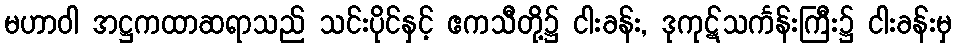
မဟာဝါ အဋ္ဌကထာဆရာသည် သင်းပိုင်နှင့် ဧကသီတို့၌ ငါးခန်း, ဒုကုဋ်သင်္ကန်းကြီး၌ ငါးခန်းမှ